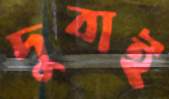
দুবাই